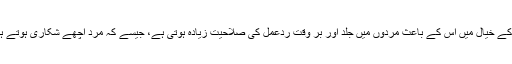
ان کے خیال میں اس کے باعث مردوں میں جلد اور بر وقت ردِّعمل کی صلاحیت زیادہ ہوتی ہے، جیسے کہ مرد اچھے شکاری ہوتے ہیں۔